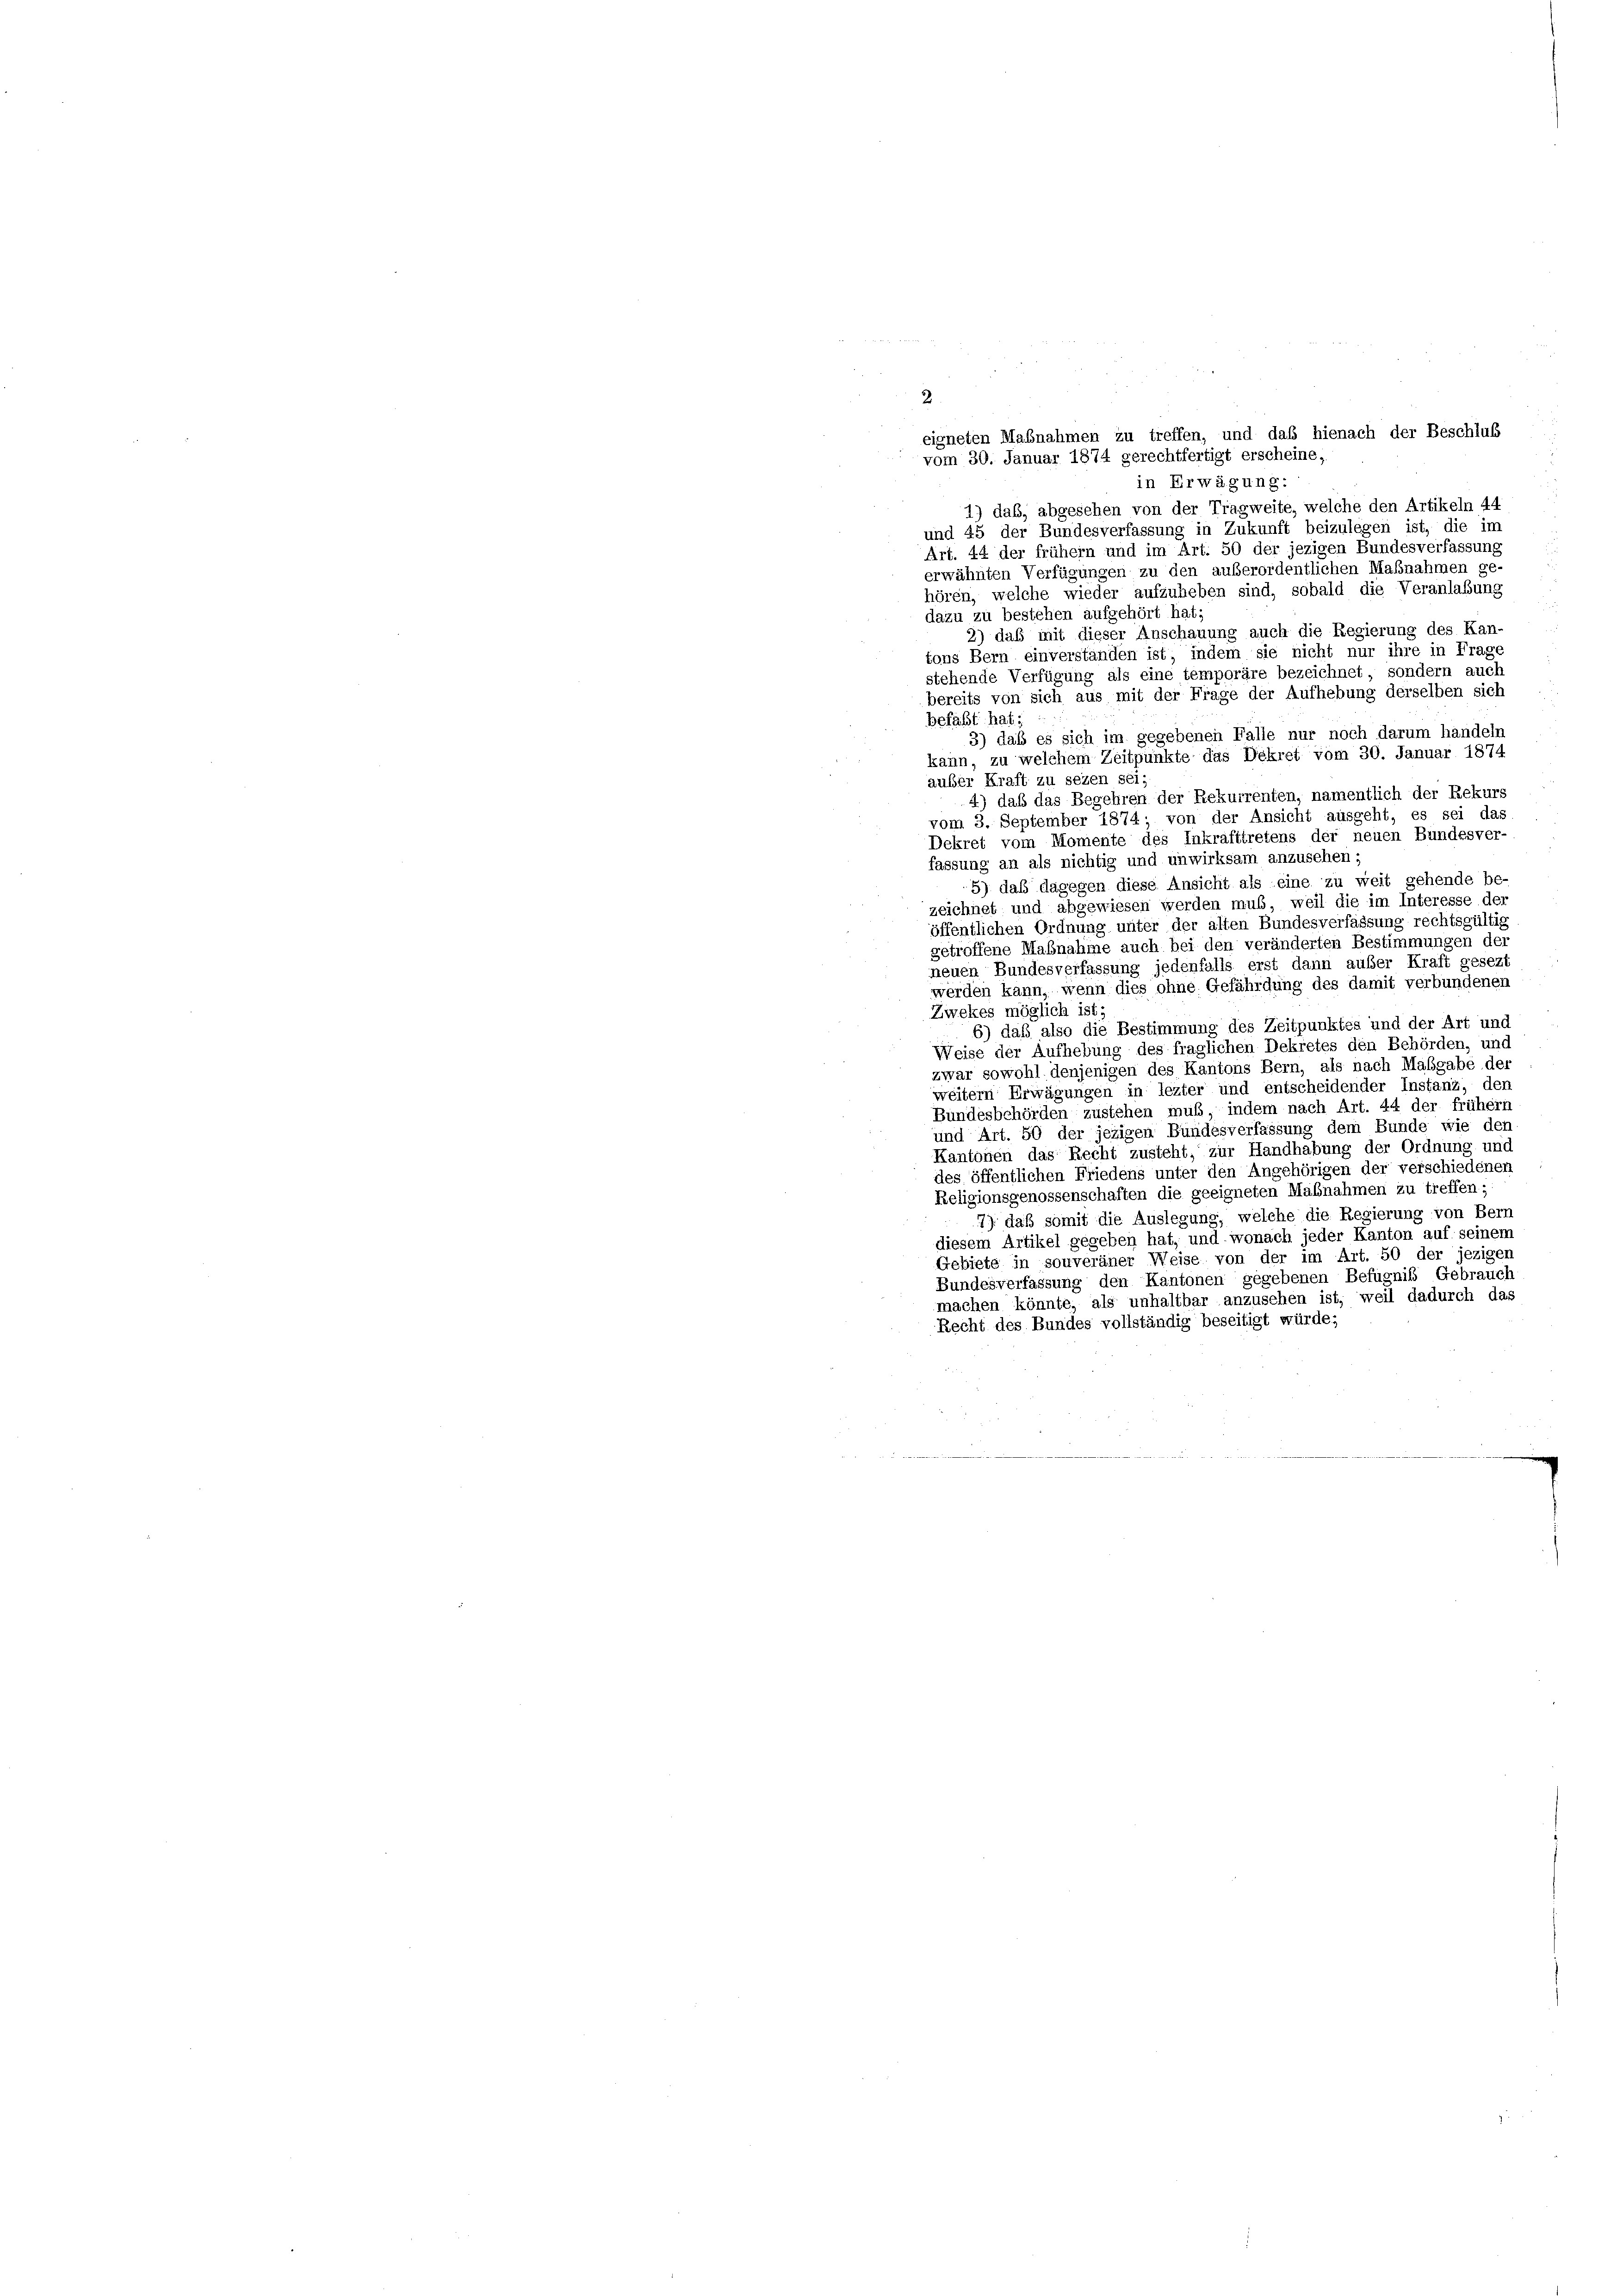
2
eigneten Mabnahmen zu treffen, und das hienach der Beschluß
vom 30. Januar 1874 gerechtfertigt erscheine,
in Erwägung:
1) daß, abgesehen von der Tragweite, welche den Artikeln 44
und 45 der Bundesverfassung in Zukunft beizulegen ist, die im
Art. 44 der frühem und im Art. 50 der jezigen Bundesverfassung
erwähnten Verfügungen zu den außerordentlichen Maßnahmen ge-
hören, welche wieder aufzuheben sind, sobald die Veranlaßung
dazu zu bestehen aufgehört hat;
2) daß mit dieser Anschauung auch die Regierung des Kan-
tons Bern einverständen ist, indem sie nicht nur ihre in Frage
stehende Verfügung als eine temporäre bezeichnet, sondern auch
bereits von sich aus mit der Frage der Aufhebung derselben sich
befaßt hat;
3) daß es sich im gegebenen Falle nur noch darum handeln
kann, zu welchem Zeitpunkte das Dekret vom 30. Januar 1874
auber Kraft zu sezen sei;
4) das das Begehren der Rekurrenten, namentlich der Rekurs
vom 3. September 1874, von der Ansicht ausgeht, es sei das
Dekret vom Momente des Inkrafttretens der neuen Bundesver-
fassung an als nichtig und unwirksam anzusehen;
5) daß dagegen diese Ansicht als eine zu weit gehende be-
zeichnet und abgewiesen werden muß, weil die im Interesse der
öffentlichen Ordnung unter der alten Bundesverfassung rechtsgültig
getroffene Mabnahme auch bei den veränderten Bestimmungen der
neuen Bundesverfassung jedenfalls erst dann außer Kraft gesezt
werden kann, wenn dies ohne Gefährdung des damit verbundenen
Zwekes möglich ist;
6) daß also die Bestimmung des Zeitpunktes und der Art und
Weise der Aufhebung des fraglichen Dekretes den Behörden, und
zwar sowohl denjenigen des Kantons Bern, als nach Maßgabe der
weitern Erwägungen in lezter und entscheidender Instanz, den
Bundesbehörden zustehen muß indem nach Art. 44 der frühem
und Art. 50 der jezigen Bundesverfassung dem Bunde wie den
Kantonen das Recht zusteht, zur Handhabung der Ordnung und
des öffentlichen Friedens unter den Angehörigen der verschiedenen
Religionsgenossenschaften die geeigneten Mabnahmen zu treffen;
7) daß somit die Auslegung, welche die Regierung von Bern
diesem Artikel gegeben hat, und wonach jeder Kanton auf seinem
Gebiete in souveräner Weise von der im Art. 50 der jezigen
Bundesverfassung den Kantonen gegebenen Befugniß Gebrauch
machen könnte, als unhaltbar anzusehen ist, weil dadurch das
Recht des Bundes vollständig beseitigt würde;